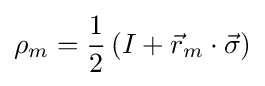
\rho _{m}={\frac {1}{2}}\left(I+{\vec {r}}_{m}\cdot {\vec {\sigma }}\right)